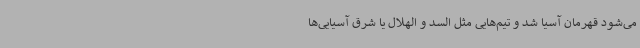
می‌شود قهرمان آسیا شد و تیم‌هایی مثل السد و الهلال یا شرق آسیایی‌ها